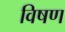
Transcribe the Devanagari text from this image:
विषण